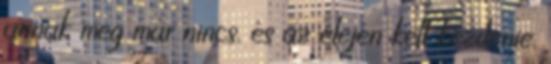
annak meg már nincs, és az elején kell kezdenie.